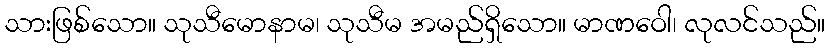
သားဖြစ်သော။ သုသီမောနာမ၊ သုသီမ အမည်ရှိသော။ မာဏဝေါ၊ လုလင်သည်။